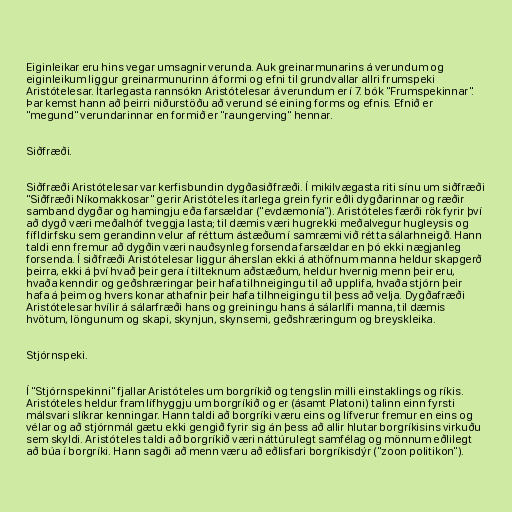
Eiginleikar eru hins vegar umsagnir verunda. Auk greinarmunarins á verundum og
eiginleikum liggur greinarmunurinn á formi og efni til grundvallar allri frumspeki
Aristótelesar. Ítarlegasta rannsókn Aristótelesar á verundum er í 7. bók "Frumspekinnar".
Þar kemst hann að þeirri niðurstöðu að verund sé eining forms og efnis. Efnið er
"megund" verundarinnar en formið er "raungerving" hennar.

Siðfræði.

Siðfræði Aristótelesar var kerfisbundin dygðasiðfræði. Í mikilvægasta riti sínu um siðfræði
"Siðfræði Níkomakkosar" gerir Aristóteles ítarlega grein fyrir eðli dygðarinnar og ræðir
samband dygðar og hamingju eða farsældar ("evdæmonía"). Aristóteles færði rök fyrir því
að dygð væri meðalhóf tveggja lasta; til dæmis væri hugrekki meðalvegur hugleysis og
fífldirfsku sem gerandinn velur af réttum ástæðum í samræmi við rétta sálarhneigð. Hann
taldi enn fremur að dygðin væri nauðsynleg forsenda farsældar en þó ekki nægjanleg
forsenda. Í siðfræði Aristótelesar liggur áherslan ekki á athöfnum manna heldur skapgerð
þeirra, ekki á því hvað þeir gera í tilteknum aðstæðum, heldur hvernig menn þeir eru,
hvaða kenndir og geðshræringar þeir hafa tilhneigingu til að upplifa, hvaða stjórn þeir
hafa á þeim og hvers konar athafnir þeir hafa tilhneigingu til þess að velja. Dygðafræði
Aristótelesar hvílir á sálarfræði hans og greiningu hans á sálarlífi manna, til dæmis
hvötum, löngunum og skapi, skynjun, skynsemi, geðshræringum og breyskleika.

Stjórnspeki.

Í "Stjórnspekinni" fjallar Aristóteles um borgríkið og tengslin milli einstaklings og ríkis.
Aristóteles heldur fram lífhyggju um borgríkið og er (ásamt Platoni) talinn einn fyrsti
málsvari slíkrar kenningar. Hann taldi að borgríki væru eins og lífverur fremur en eins og
vélar og að stjórnmál gætu ekki gengið fyrir sig án þess að allir hlutar borgríkisins virkuðu
sem skyldi. Aristóteles taldi að borgríkið væri náttúrulegt samfélag og mönnum eðlilegt
að búa í borgríki. Hann sagði að menn væru að eðlisfari borgríkisdýr ("zoon politikon").